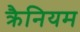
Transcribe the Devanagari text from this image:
क्रैनियम